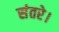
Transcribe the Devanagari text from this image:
संतरे।